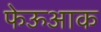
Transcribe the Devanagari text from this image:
फेऊआक